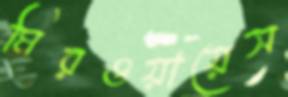
মিরওয়ায়েস